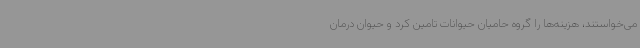
می‌خواستند، هزینه‌ها را گروه حامیان حیوانات تامین کرد و حیوان درمان